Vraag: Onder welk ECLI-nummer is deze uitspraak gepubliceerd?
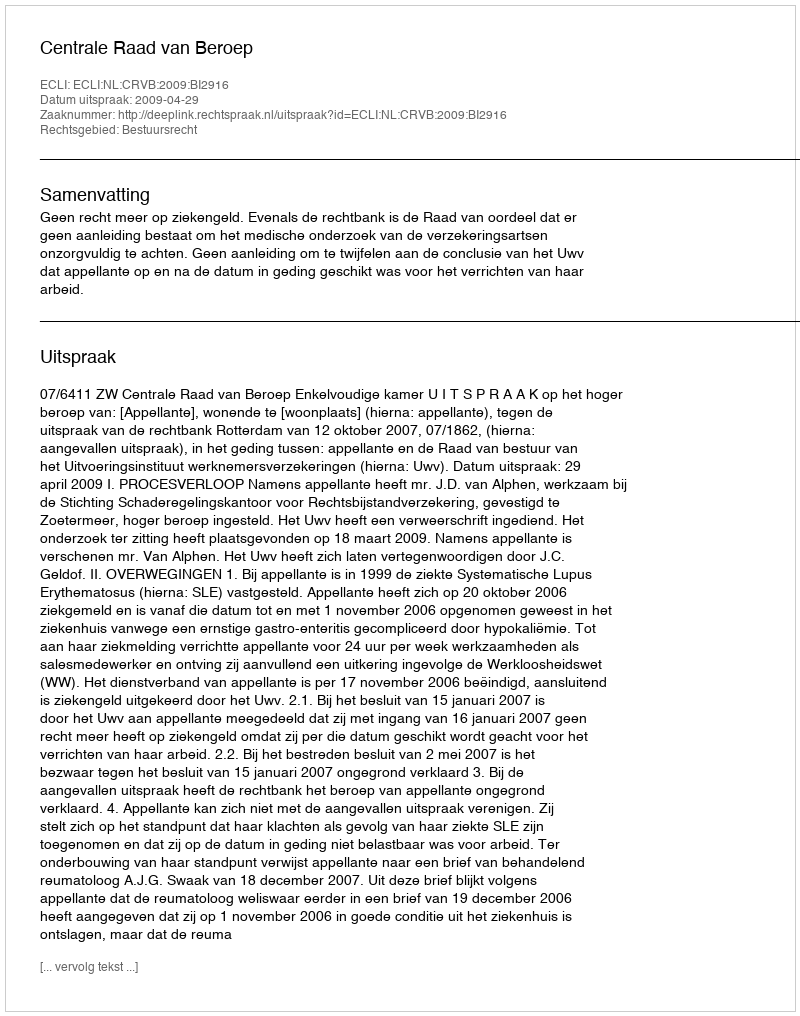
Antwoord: ECLI:NL:CRVB:2009:BI2916